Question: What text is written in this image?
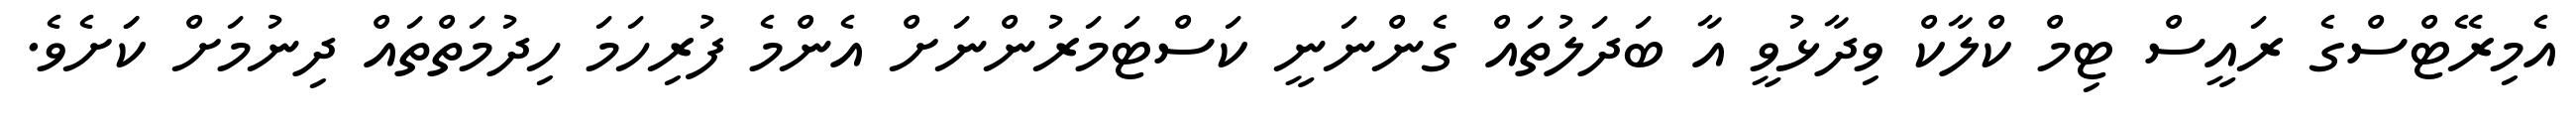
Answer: އެމިރޭޓްސްގެ ރައީސް ޓިމް ކްލާކް ވިދާޅުވީ އާ ބަދަލުތައް ގެންނަނީ ކަސްޓަމަރުންނަށް އެންމެ ފުރިހަމަ ހިދުމަތްތައް ދިނުމަށް ކަަށެވެ.